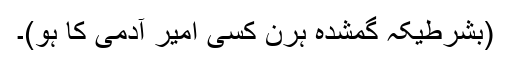
(بشرطیکہ گمشدہ ہرن کسی امیر آدمی کا ہو)۔